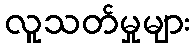
လူသတ်မှုများ